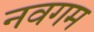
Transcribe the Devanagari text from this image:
नवगम